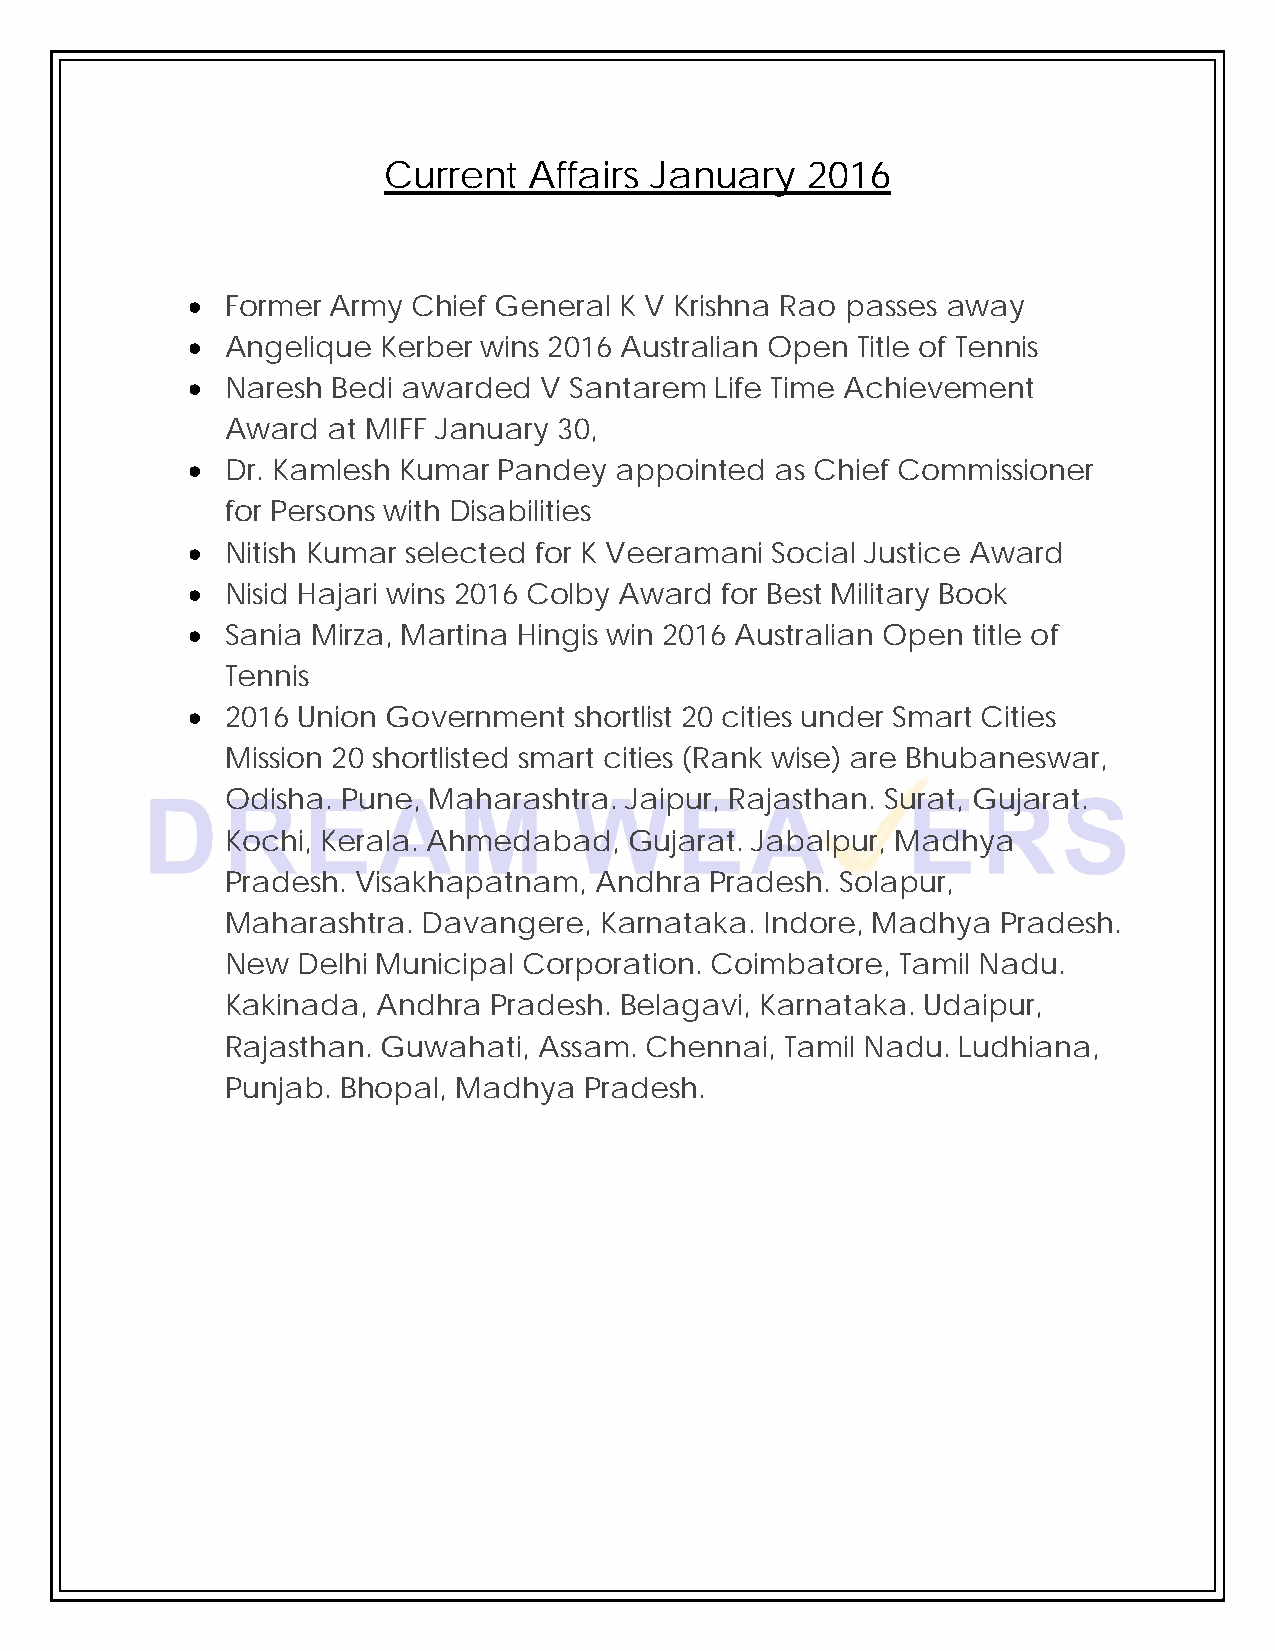
Current   Affairs January   2016
 ∑  Former Army Chief General K V Krishna Rao passes away
 ∑  Angelique Kerber wins 2016 Australian Open Title of Tennis
 ∑  Naresh Bedi awarded  V Santarem Life Time Achievement
 Award  at MIFF January 30,
 ∑  Dr. Kamlesh Kumar Pandey  appointed as Chief Commissioner
 for Persons with Disabilities
 ∑  Nitish Kumar selected for K Veeramani Social Justice Award
 ∑  Nisid Hajari wins 2016 Colby Award for Best Military Book
 ∑  Sania Mirza, Martina Hingis win 2016 Australian Open title of
 Tennis
 ∑  2016 Union Government  shortlist 20 cities under Smart Cities
 Mission 20 shortlisted smart cities (Rank wise) are Bhubaneswar,
 Odisha. Pune, Maharashtra. Jaipur, Rajasthan. Surat, Gujarat.
 Kochi, Kerala. Ahmedabad,  Gujarat. Jabalpur, Madhya
 Pradesh. Visakhapatnam, Andhra  Pradesh. Solapur,
 Maharashtra. Davangere,  Karnataka. Indore, Madhya Pradesh.
 New  Delhi Municipal Corporation. Coimbatore, Tamil Nadu.
 Kakinada, Andhra Pradesh. Belagavi, Karnataka. Udaipur,
 Rajasthan. Guwahati, Assam. Chennai, Tamil Nadu. Ludhiana,
 Punjab. Bhopal, Madhya  Pradesh.